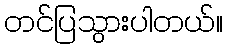
တင်ပြသွားပါတယ်။